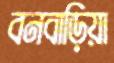
বনবাড়িয়া